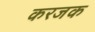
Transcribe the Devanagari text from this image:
करजक